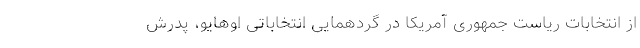
از انتخابات ریاست جمهوری آمریکا در گردهمایی انتخاباتی اوهایو، پدرش